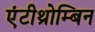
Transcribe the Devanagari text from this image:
एंटीथ्रोम्बिन